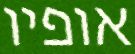
אופיו